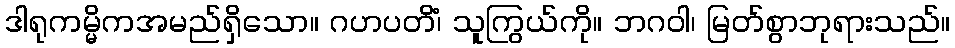
ဒါရုကမ္မိကအမည်ရှိသော။ ဂဟပတိံ၊ သူကြွယ်ကို။ ဘဂဝါ၊ မြတ်စွာဘုရားသည်။